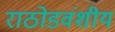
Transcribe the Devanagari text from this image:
राठोडवंशीय